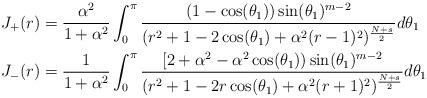
LaTeX: \begin{align*}J_+(r)&=\frac{\alpha^2}{1+\alpha^2}\int_0^\pi\frac{(1-\cos(\theta_1)) \sin(\theta_1)^{m-2} }{(r^2 + 1 - 2 \cos(\theta_1) + \alpha^2 (r-1)^2)^{\frac{N+s}2}}d\theta_1\\J_-(r)&=\frac{1}{1+\alpha^2}\int_0^\pi\frac{[ 2 +\alpha^2-\alpha^2 \cos(\theta_1))\sin(\theta_1)^{m-2} }{(r^2 + 1 - 2 r \cos(\theta_1) + \alpha^2 (r+1)^2)^{\frac{N+s}2}}d\theta_1\end{align*}